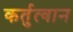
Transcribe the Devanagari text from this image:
कर्तुत्वान